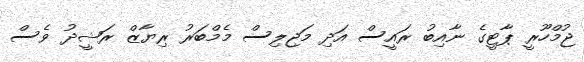
ޖުމްހޫރީ ޕާޓީގެ ނާއިބު ރައީސް އަދި މަޖިލިސް މެމްބަރު ރިޔާޒް ރަޝީދު ވެސް